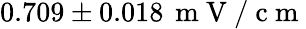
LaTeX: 0.709\pm 0.018\, \mathrm{~m~V~/~c~m~}